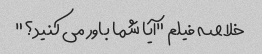
خلاصه فیلم "آیا شما باور می کنید؟"